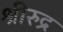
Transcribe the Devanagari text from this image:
श्रीरुद्र